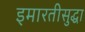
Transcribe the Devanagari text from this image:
इमारतीसुद्धा